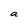
Character: a